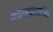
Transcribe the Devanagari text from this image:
भवानरावांचा